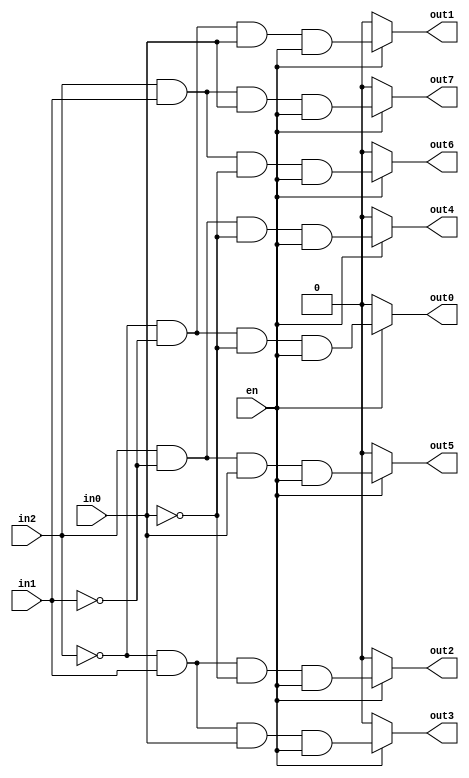
// This program was cloned from: https://github.com/Aryavardhan37/Verilog_codes
// License: MIT License

module decoder_3to8(
  input en,
  input wire in0,
  input wire in1,
  input wire in2,
  
  output wire out0,
  output wire out1,
  output wire out2,
  output wire out3,
  
  output wire out4,
  output wire out5,
  output wire out6,
  output wire out7
  );

assign out0 = (en) ? ((~in2 & ~in1 & ~in0) & en) : 1'b0; 
assign out1 = (en) ? ((~in2 & ~in1 & in0) & en) : 1'b0;
assign out2 = (en) ? ((~in2 & in1 & ~in0) & en) : 1'b0;
assign out3 = (en) ? ((~in2 & in1 & in0) & en) : 1'b0;
assign out4 = (en) ? ((in2 & ~in1 & ~in0) & en) : 1'b0;
assign out5 = (en) ? ((in2 & ~in1 & in0) & en) : 1'b0;
assign out6 = (en) ? ((in2 & in1 & ~in0) & en) : 1'b0;
assign out7 = (en) ? ((in2 & in1 & in0) & en) : 1'b0;


endmodule